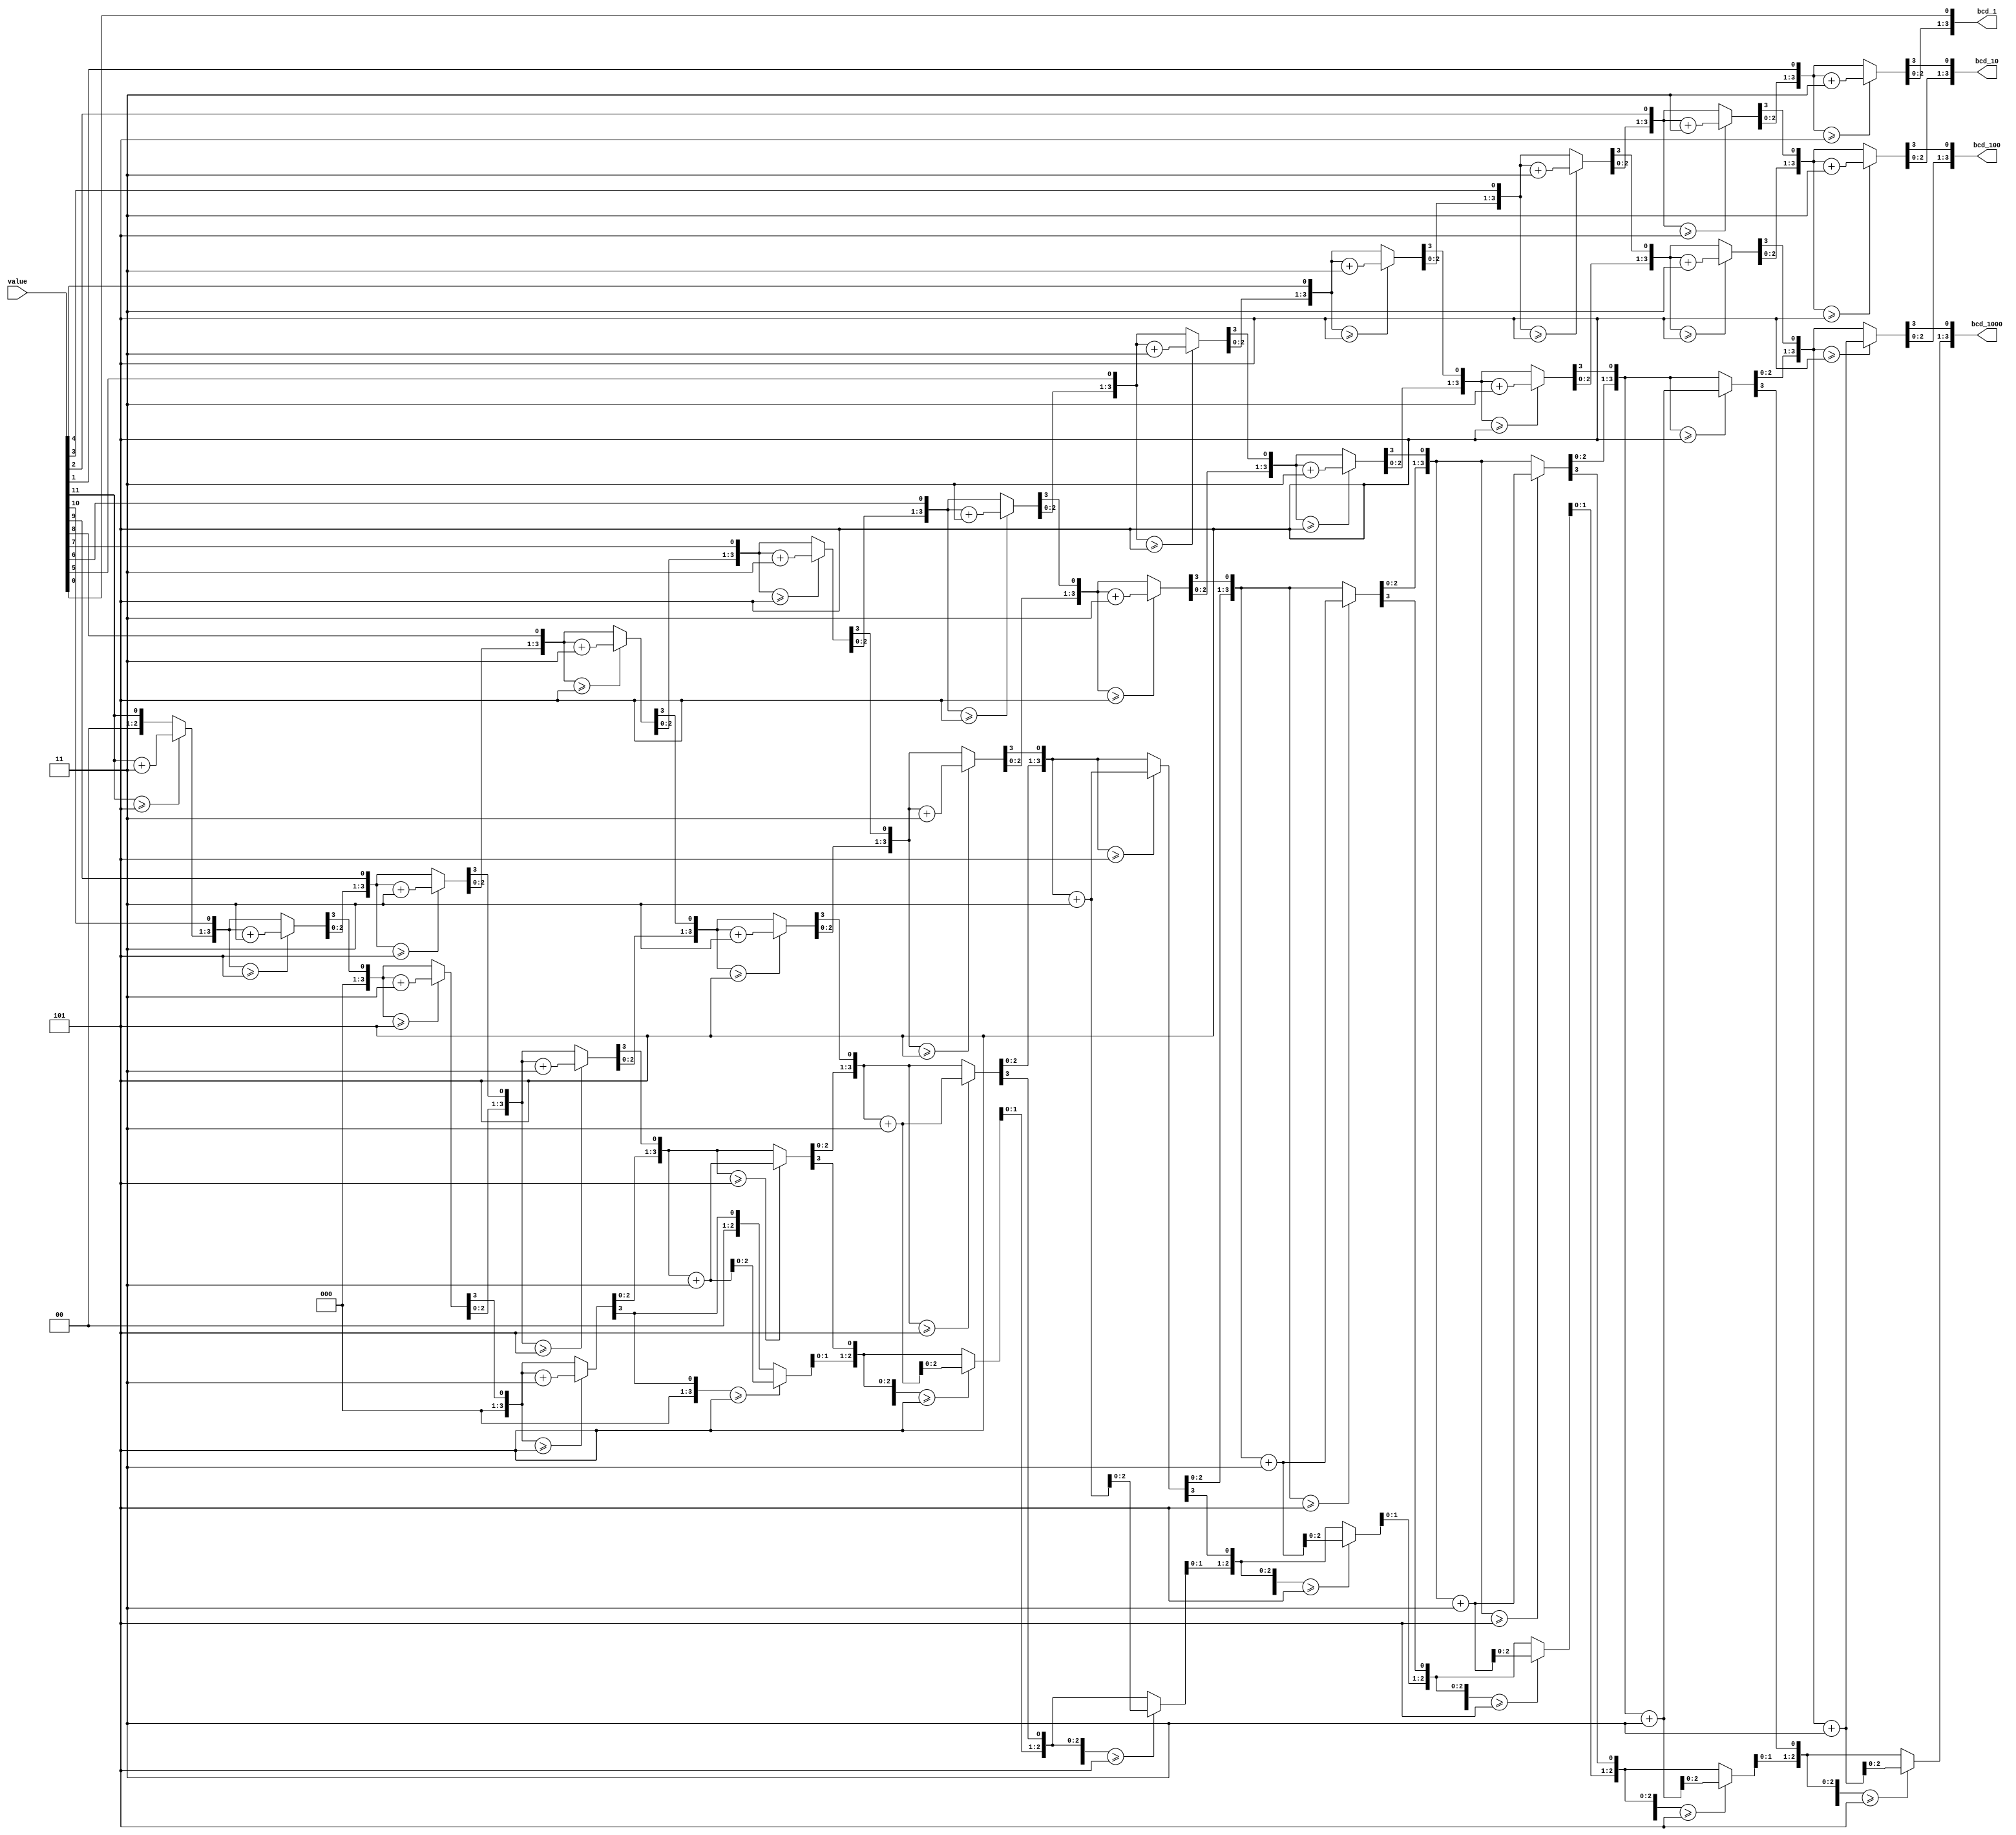
module BCD(
	input [BITS-1:0] value,
	output reg [3:0] bcd_1000,
	output reg [3:0] bcd_100,
	output reg [3:0] bcd_10,
	output reg [3:0] bcd_1
	);

integer i;
parameter BITS = 12;

always @(value)
begin
	bcd_1000	= 4'd0;
	bcd_100	= 4'd0;
	bcd_10	= 4'd0;
	bcd_1		= 4'd0;

	for (i = BITS-1; i >= 0; i = i - 1)
	begin
		if (bcd_1000 >= 5)
			bcd_1000 = bcd_100 + 3;
		if (bcd_100 >= 5)
			bcd_100 = bcd_100 + 3;
		if (bcd_10 >= 5)
			bcd_10 = bcd_10 + 3;
		if (bcd_1 >= 5)
			bcd_1 = bcd_1 + 3;

		bcd_1000 = bcd_1000 << 1;
		bcd_1000[0] = bcd_100[3];

		bcd_100 = bcd_100 << 1;
		bcd_100[0] = bcd_10[3];

		bcd_10 = bcd_10 << 1;
		bcd_10[0] = bcd_1[3];

		bcd_1 = bcd_1 << 1;
		bcd_1[0] = value[i];
	end
end
endmodule